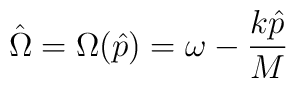
\hat{\Omega}=\Omega(\hat{p})=\omega - \frac{k\hat{p}}{M}